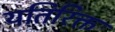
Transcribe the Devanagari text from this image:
यतिरिक्त